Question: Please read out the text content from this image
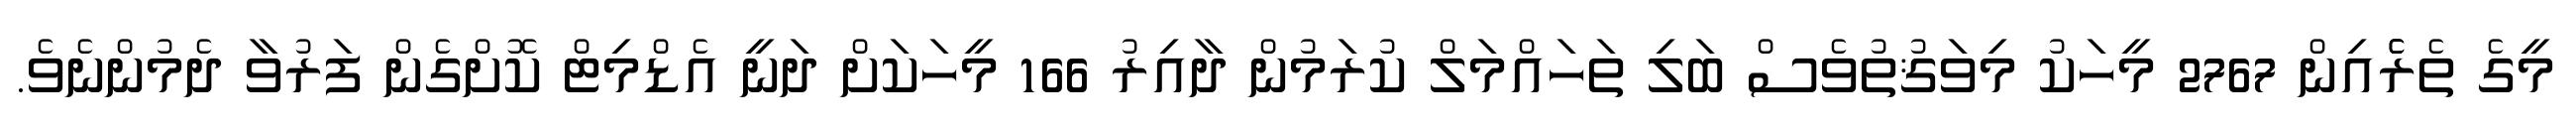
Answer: މީގެ ތެރެެެއިން 2767 މީހަކު މިވަޤުތުވެސް ބަލި ތަހައްމަލް ކުރަމުން ދާއިރު 166 މީހަކަށް ދަނީ އެޑްމިޓް ކޮށްގެން ފަރުވާ ދެމުންނެވެ.